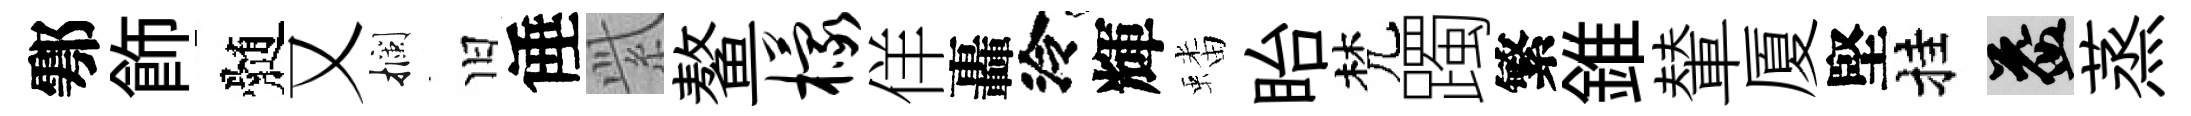
鄠飾髄又攔旧倕𬗋鳌檬佯轟泠輝蟠眙梵躅繁錐輦厦堅挂益蒸